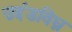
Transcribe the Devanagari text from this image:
उद्दंडविघ्न